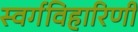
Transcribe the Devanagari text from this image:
स्वर्गविहारिणी